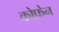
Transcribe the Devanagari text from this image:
कोफ़ेन